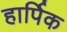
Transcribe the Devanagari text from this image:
हार्पिक